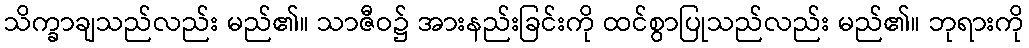
သိက္ခာချသည်လည်း မည်၏။ သာဇီဝ၌ အားနည်းခြင်းကို ထင်စွာပြုသည်လည်း မည်၏။ ဘုရားကို